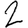
Digit: 2